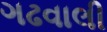
ગઢવાલી